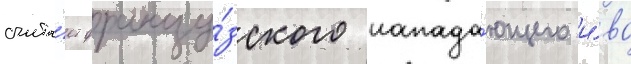
счита́ет францу́зского напада́ющего и́ва